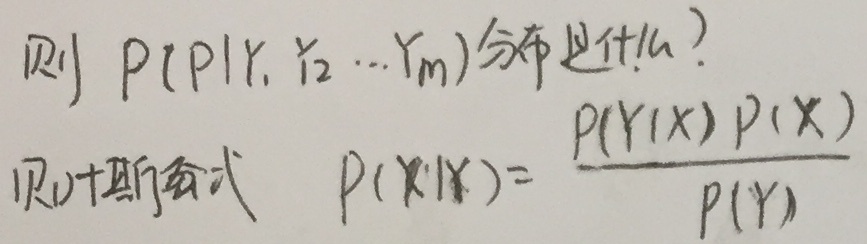
则 \(P(p|Y_1,Y_2,\cdots,Y_m)\)分布是什么？贝叶斯公式 \(P(X|Y)= \frac{P(Y|X)P(X)}{P(Y)}\)